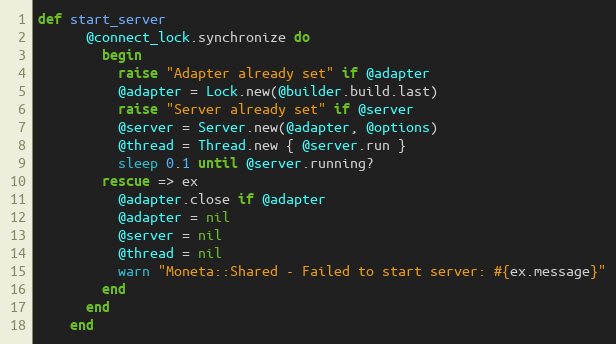
Language: Ruby
def start_server
      @connect_lock.synchronize do
        begin
          raise "Adapter already set" if @adapter
          @adapter = Lock.new(@builder.build.last)
          raise "Server already set" if @server
          @server = Server.new(@adapter, @options)
          @thread = Thread.new { @server.run }
          sleep 0.1 until @server.running?
        rescue => ex
          @adapter.close if @adapter
          @adapter = nil
          @server = nil
          @thread = nil
          warn "Moneta::Shared - Failed to start server: #{ex.message}"
        end
      end
    end